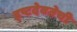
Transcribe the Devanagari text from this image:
इष्टदेवतेची